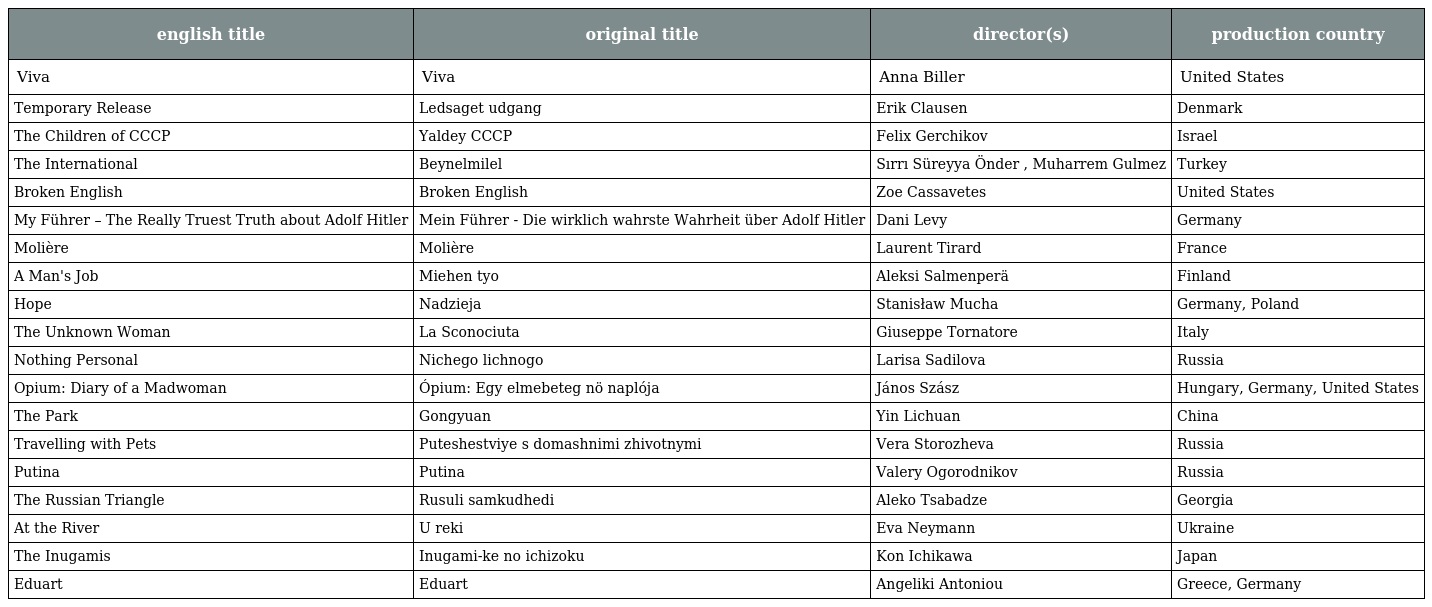
| english title | original title | director(s) | production country |
 | --- | --- | --- | --- |
 | Viva | Viva | Anna Biller | United States |
 | Temporary Release | Ledsaget udgang | Erik Clausen | Denmark |
 | The Children of CCCP | Yaldey CCCP | Felix Gerchikov | Israel |
 | The International | Beynelmilel | Sırrı Süreyya Önder , Muharrem Gulmez | Turkey |
 | Broken English | Broken English | Zoe Cassavetes | United States |
 | My Führer – The Really Truest Truth about Adolf Hitler | Mein Führer - Die wirklich wahrste Wahrheit über Adolf Hitler | Dani Levy | Germany |
 | Molière | Molière | Laurent Tirard | France |
 | A Man's Job | Miehen tyo | Aleksi Salmenperä | Finland |
 | Hope | Nadzieja | Stanisław Mucha | Germany, Poland |
 | The Unknown Woman | La Sconociuta | Giuseppe Tornatore | Italy |
 | Nothing Personal | Nichego lichnogo | Larisa Sadilova | Russia |
 | Opium: Diary of a Madwoman | Ópium: Egy elmebeteg nö naplója | János Szász | Hungary, Germany, United States |
 | The Park | Gongyuan | Yin Lichuan | China |
 | Travelling with Pets | Puteshestviye s domashnimi zhivotnymi | Vera Storozheva | Russia |
 | Putina | Putina | Valery Ogorodnikov | Russia |
 | The Russian Triangle | Rusuli samkudhedi | Aleko Tsabadze | Georgia |
 | At the River | U reki | Eva Neymann | Ukraine |
 | The Inugamis | Inugami-ke no ichizoku | Kon Ichikawa | Japan |
 | Eduart | Eduart | Angeliki Antoniou | Greece, Germany |